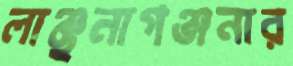
লাঞ্ছনাগঞ্জনার